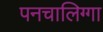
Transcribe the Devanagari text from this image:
पनचालिग्गा